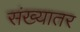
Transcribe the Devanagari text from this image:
संख्यातर